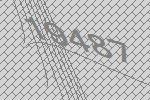
19487